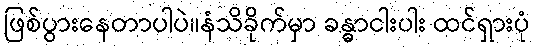
ဖြစ်ပွားနေတာပါပဲ။နံသိခိုက်မှာ ခန္ဓာငါးပါး ထင်ရှားပုံ